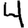
Digit: 4